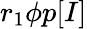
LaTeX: r_{1}\phi p[I]